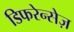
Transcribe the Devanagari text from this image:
डिफरेन्सेज़